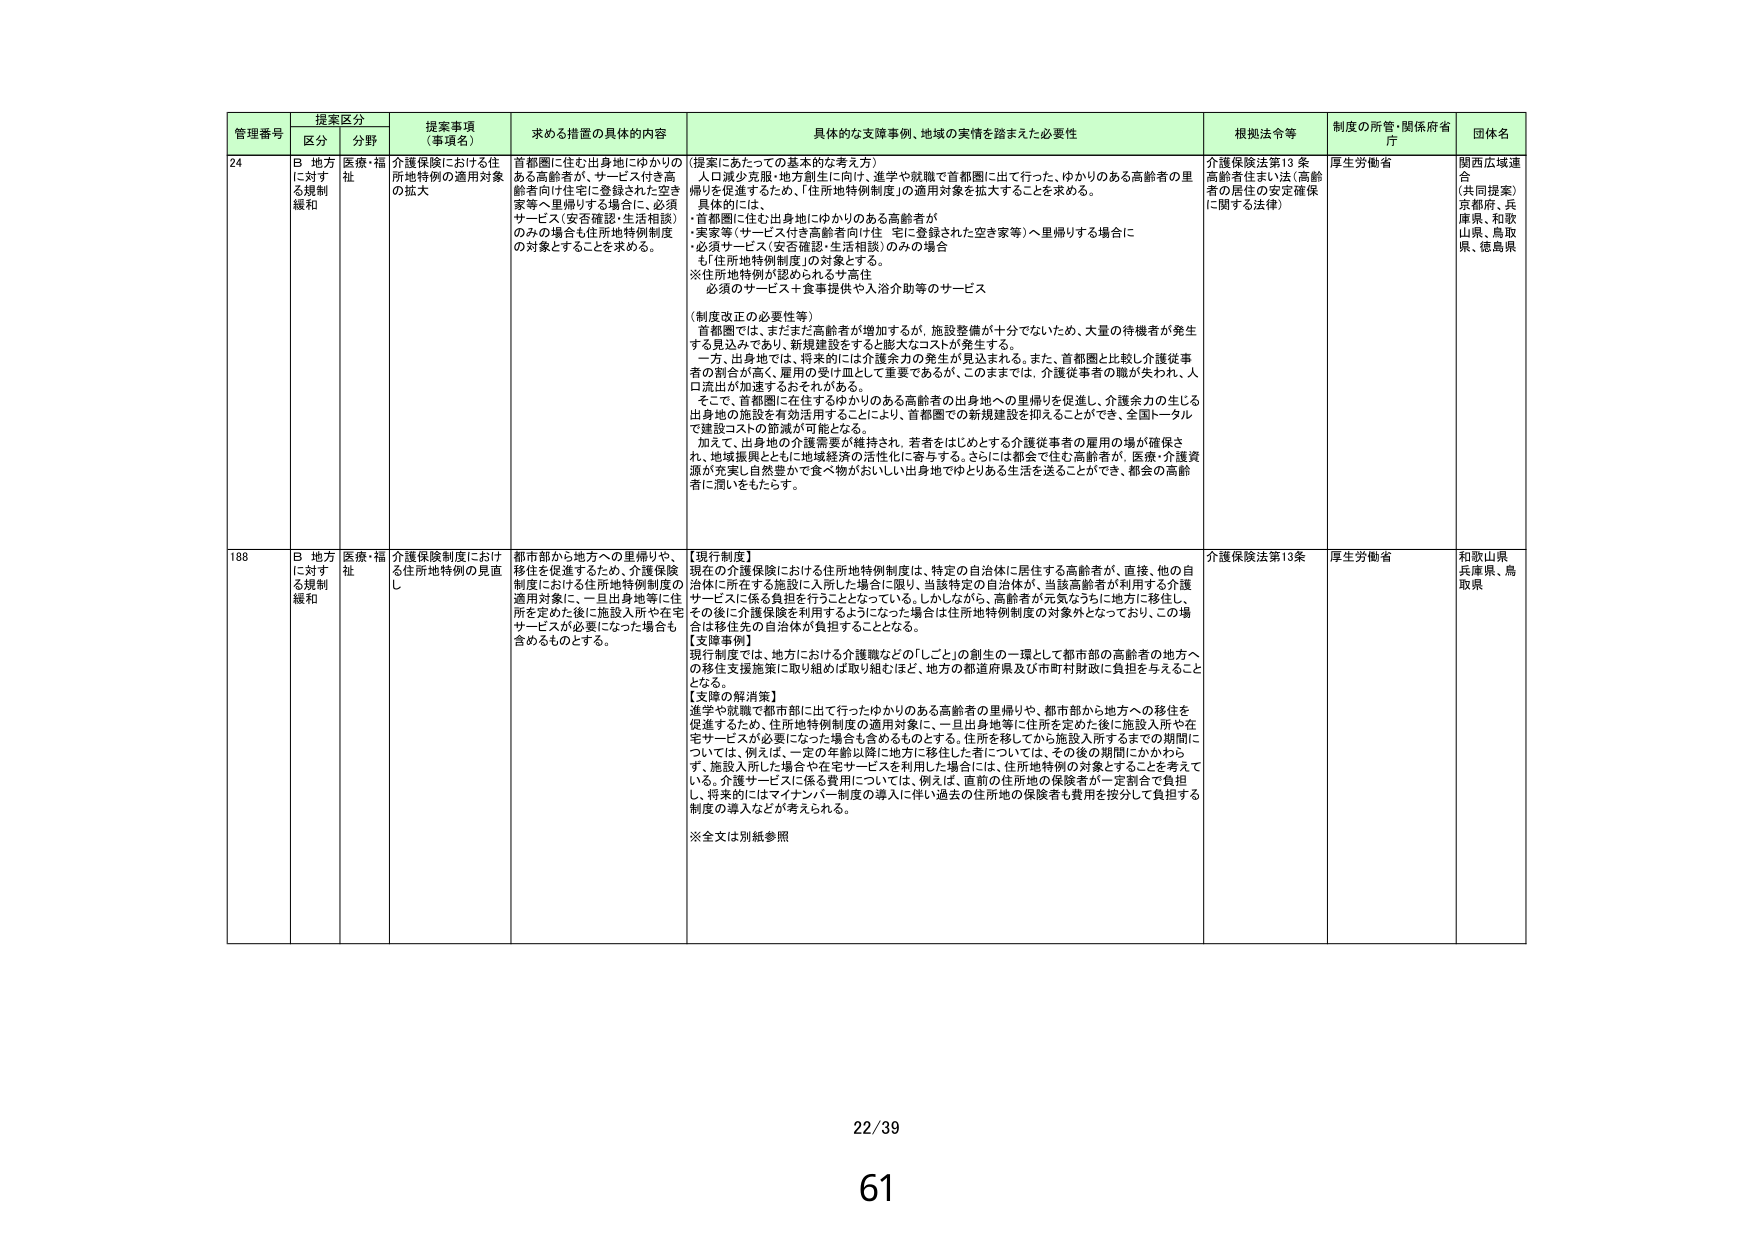
管理番号 提案区分 提案事項（事項名） 求める措置の具体的内容 具体的な支援事例、地域の実情を踏まえた必要性 根拠法令等 制度の所管・関係府省庁 団体名
区分 分野
24 B 地方に対する規制緩和 医療・福祉 介護保険における住所地特例の適用対象の拡大 首都圏に住む出身地にゆかりのある高齢者が、サービス付き高齢者向け住宅に登録された空き家等へ里帰りする場合に、必須サービス（安否確認・生活相談）のみの場合も住所地特例制度の対象とすることを求める。 （提案にあたっての基本的な考え方） 人口減少先鋭・地方創生に向け、進学や就職で首都圏に出て行った、ゆかりのある高齢者の里帰りを促進するため、「住所地特例制度」の適用対象を拡大することを求める。 具体的には、 ・首都圏に住む出身地にゆかりのある高齢者が ・実家等（サービス付き高齢者向け住宅に登録された空き家等）へ里帰りする場合に ・必須サービス（安否確認・生活相談）のみの場合 も「住所地特例制度」の対象とする。 ※住所地特例が認められる対象は 必須のサービス＋食事提供や入浴介助等のサービス （制度改正の必要性等） 首都圏では、まだまだ高齢者が増加するが、施設整備が十分でないため、大量の待機者が発生する見込みであり、新規建設をすると膨大なコストが発生する。 一方、出身地では、将来的には介護余力の発生が見込まれる。また、首都圏と比較し介護従事者の割合が高く、雇用の受け皿として重要であるが、このままでは、介護従事者の職が失われ、人口流出が加速するおそれがある。 そこで、首都圏に在住するゆかりのある高齢者の出身地への里帰りを促進し、介護余力の生じる出身地の施設を有効活用することにより、首都圏での新規建設を抑えることができ、全国トータルで建設コストの節減が可能となる。 加えて、出身地の介護需要が維持され、若者をはじめとする介護従事者の雇用の場が確保され、地域振興とともに地域経済の活性化に寄与する。さらには都会で住む高齢者が、医療・介護資源が充実し自然豊かで食べ物がおいしい出身地でゆとりある生活を送ることができ、都会の高齢者に潤いをもたらす。 介護保険法第13条 高齢者住まい法（高齢者の居住の安定確保に関する法律） 厚生労働省 関西広域連合 （共同提案） 京都府、兵庫県、和歌山県、鳥取県、徳島県
188 B 地方に対する規制緩和 医療・福祉 介護保険制度における住所地特例の見直し 都市部から地方への里帰りや、移住を促進するため、介護保険制度における住所地特例制度の適用対象に、一旦出身地等に住所を定めた後に施設入所や在宅サービスが必要になった場合も含めるものとする。 【現行制度】 現在の介護保険における住所地特例制度は、特定の自治体に居住する高齢者が、直接、他の自治体に所在する施設に入所した場合に限り、当該特定の自治体が、当該高齢者が利用する介護サービスに係る負担を行うこととなっている。しかしながら、高齢者が元気なうちに地方に移住し、その後に介護保険を利用するようになった場合は住所地特例制度の対象外となっており、この場合は移住先の自治体が負担することとなる。 【支援事例】 現行制度では、地方における介護職などの「しごと」の創生の一環として都市部の高齢者の地方への移住支援施策に取り組むは取り組むほど、地方の都道府県及び市町村財政に負担を与えることとなる。 【支障の解消策】 進学や就職で都市部に出て行ったゆかりのある高齢者の里帰りや、都市部から地方への移住を促進するため、住所地特例制度の適用対象に、一旦出身地等に住所を定めた後に施設入所や在宅サービスが必要になった場合も含めるものとする。住所を移してから施設入所するまでの期間については、例えば、一定の年齢以降に地方に移住した者については、その後の期間にかかわらず、施設入所した場合や在宅サービスを利用した場合は、住所地特例の対象とすることを考えていく。介護サービスに係る費用については、例えば、直前の住所地の保険者が一定割合で負担し、将来的にはマインバー制度の導入に伴い過去の住所地の保険者も費用を按分して負担する制度の導入などが考えられる。 ※全文は別紙参照 介護保険法第13条 厚生労働省 和歌山県 兵庫県、鳥取県
22/39
61